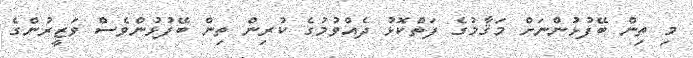
މި ތިން ބޭފުޅުންނަށް މަޤާމުގެ ފަތްކޮޅު ދެއްވުމުގެ ކުރިން ތިން ބޭފުޅުންވެސް ވަޒީރުންގެ